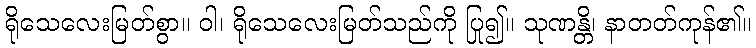
ရိုသေလေးမြတ်စွာ။ ဝါ၊ ရိုသေလေးမြတ်သည်ကို ပြု၍။ သုဏန္တိ၊ နာတတ်ကုန်၏။